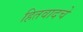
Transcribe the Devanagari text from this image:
हितवादचे